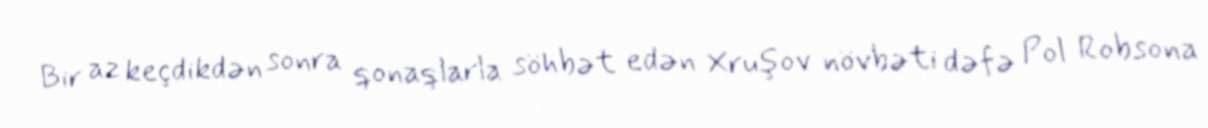
Bir az keçdikdən sonra qonaqlarla söhbət edən Xruşov növbəti dəfə Pol Robsona